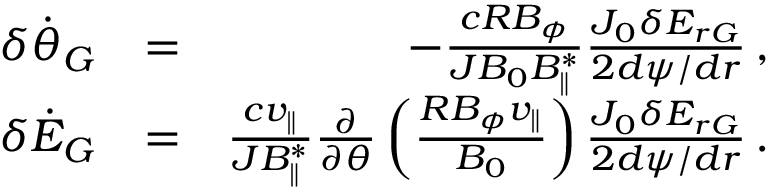
\begin{array} { r l r } { \delta \dot { \theta } _ { G } } & { = } & { - \frac { c R B _ { \phi } } { { \cal J } B _ { 0 } B _ { \parallel } ^ { * } } \frac { J _ { 0 } \delta E _ { r G } } { 2 d \psi / d r } \, , } \\ { \delta \dot { \cal E } _ { G } } & { = } & { \frac { c v _ { \parallel } } { { \cal J } B _ { \parallel } ^ { * } } \frac { \partial } { \partial \theta } \left( \frac { R B _ { \phi } v _ { \parallel } } { B _ { 0 } } \right) \frac { J _ { 0 } \delta E _ { r G } } { 2 d \psi / d r } \, . } \end{array}